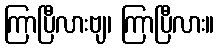
ကြာပြီလားဗျ၊ ကြာပြီလား။